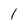
Character: 1